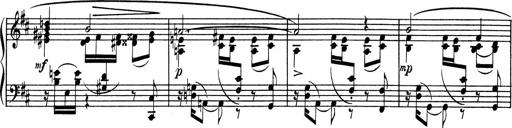
Title: Sonatine pour piano
Composer: Albert Roussel